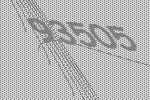
93505